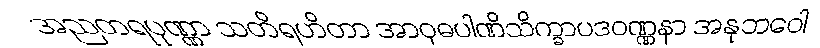
အညတရပုဏ္ဏာ သတိရဟိတာ အာဝုဓပါဏိသိက္ခာပဒဝဏ္ဏနာ အနုဘဝေါ